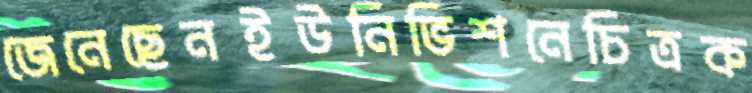
জেনেছেনইউনিভিশনেচিত্রক